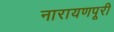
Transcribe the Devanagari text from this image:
नारायणपूरी